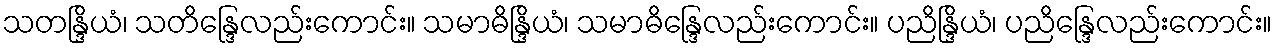
သတန္ဒြိယံ၊ သတိန္ဒြေလည်းကောင်း။ သမာဓိန္ဒြိယံ၊ သမာဓိန္ဒြေလည်းကောင်း။ ပညိန္ဒြိယံ၊ ပညိန္ဒြေလည်းကောင်း။